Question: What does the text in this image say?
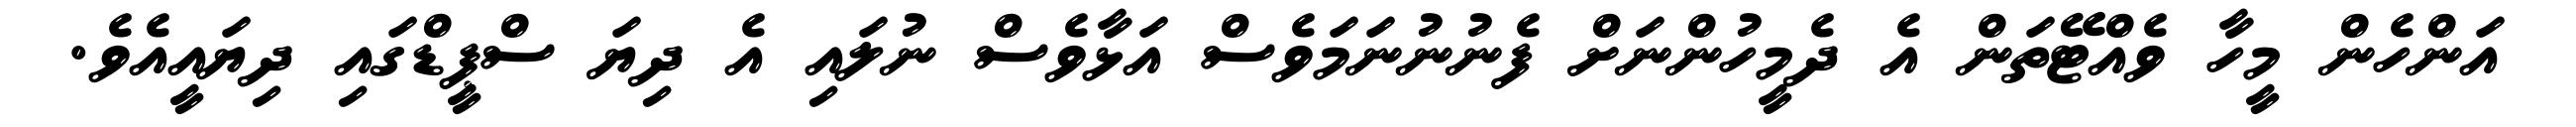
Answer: އަންހެން މީހާ ވެއްޓޭތަން އެ ދެމީހުންނަށް ފެނުނުނަމަވެސް އަޅާވެސް ނުލައި އެ ދިޔަ ސްޕީޑްގައި ދިޔައީއެވެ.